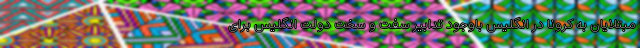
مبتلایان به کرونا در انگلیس باوجود تدابیر سفت و سخت دولت انگلیس برای